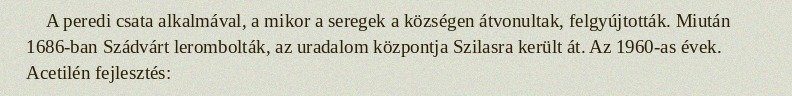
A peredi csata alkalmával, a mikor a seregek a községen átvonultak, felgyújtották. Miután 1686-ban Szádvárt lerombolták, az uradalom központja Szilasra került át. Az 1960-as évek. Acetilén fejlesztés: